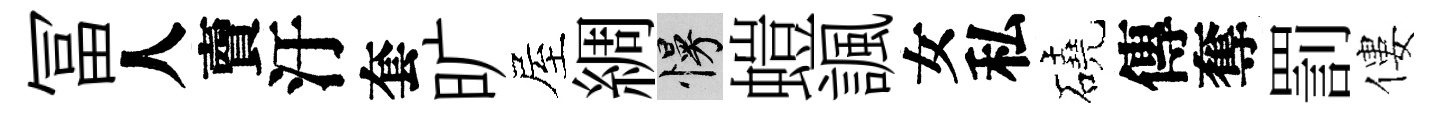
冨人𧶠汙套旷屋綢慢螘諷女私磽傳奪罰僂